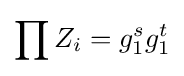
\prod Z_{i}=g_{1}^{s}g_{1}^{t}